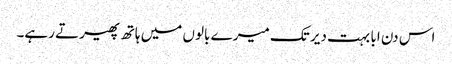
اس دن ابا بہت دیر تک میرے بالوں میں ہاتھ پھیرتے رہے۔